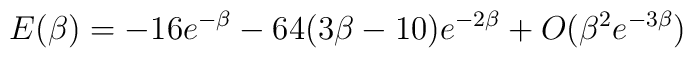
E(\beta)=-16 e^{-\beta} - 64(3\beta - 10)e^{-2\beta} +O(\beta^{2}e^{-3\beta})